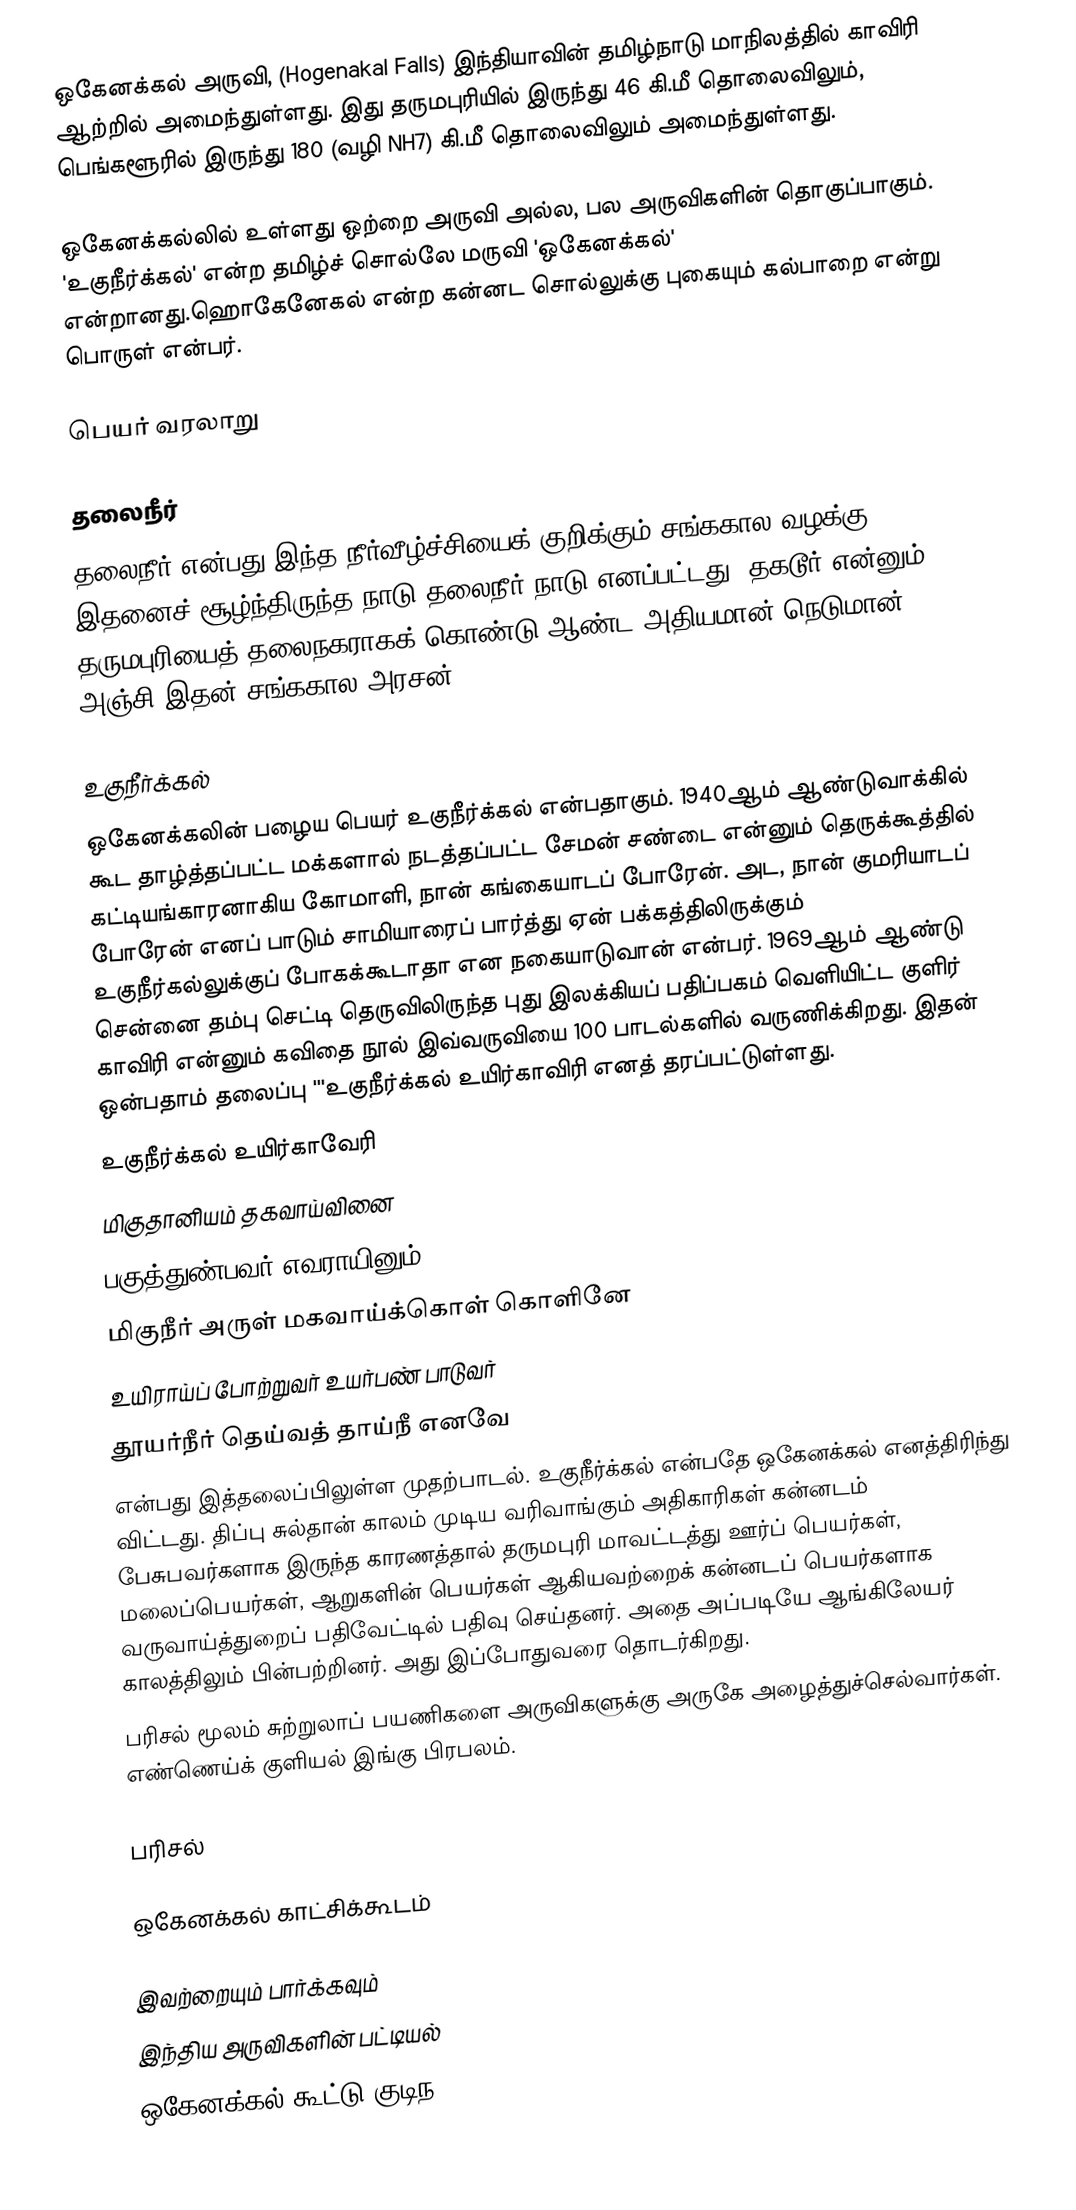
ஒகேனக்கல் அருவி, (Hogenakal Falls) இந்தியாவின் தமிழ்நாடு மாநிலத்தில் காவிரி ஆற்றில் அமைந்துள்ளது. இது தருமபுரியில் இருந்து 46 கி.மீ தொலைவிலும், பெங்களூரில் இருந்து 180 (வழி NH7) கி.மீ தொலைவிலும் அமைந்துள்ளது.

ஒகேனக்கல்லில் உள்ளது ஒற்றை அருவி அல்ல, பல அருவிகளின் தொகுப்பாகும். 'உகுநீர்க்கல்' என்ற தமிழ்ச் சொல்லே மருவி 'ஒகேனக்கல்' என்றானது.ஹொகேனேகல் என்ற கன்னட சொல்லுக்கு புகையும் கல்பாறை என்று பொருள் என்பர்.

பெயர் வரலாறு

தலைநீர்
தலைநீர் என்பது இந்த நீர்வீழ்ச்சியைக் குறிக்கும் சங்ககால வழக்கு. இதனைச் சூழ்ந்திருந்த நாடு தலைநீர் நாடு எனப்பட்டது. தகடூர் என்னும் தருமபுரியைத் தலைநகராகக் கொண்டு ஆண்ட அதியமான் நெடுமான் அஞ்சி இதன் சங்ககால அரசன்.

உகுநீர்க்கல்
ஒகேனக்கலின் பழைய பெயர் உகுநீர்க்கல் என்பதாகும். 1940ஆம் ஆண்டுவாக்கில் கூட  தாழ்த்தப்பட்ட மக்களால் நடத்தப்பட்ட சேமன் சண்டை என்னும் தெருக்கூத்தில் கட்டியங்காரனாகிய கோமாளி, நான் கங்கையாடப் போரேன். அட, நான் குமரியாடப் போரேன் எனப் பாடும் சாமியாரைப் பார்த்து ஏன் பக்கத்திலிருக்கும் உகுநீர்கல்லுக்குப் போகக்கூடாதா என நகையாடுவான் என்பர். 1969ஆம் ஆண்டு சென்னை தம்பு செட்டி தெருவிலிருந்த புது இலக்கியப் பதிப்பகம் வெளியிட்ட குளிர் காவிரி என்னும் கவிதை நூல் இவ்வருவியை 100 பாடல்களில் வருணிக்கிறது. இதன் ஒன்பதாம் தலைப்பு '''உகுநீர்க்கல் உயிர்காவிரி எனத் தரப்பட்டுள்ளது.
உகுநீர்க்கல் உயிர்காவேரி
மிகுதானியம் தகவாய்வினை
பகுத்துண்பவர் எவராயினும்
மிகுநீர் அருள் மகவாய்க்கொள் கொளினே
உயிராய்ப் போற்றுவர் உயர்பண் பாடுவர்
தூயர்நீர் தெய்வத் தாய்நீ எனவே
என்பது இத்தலைப்பிலுள்ள முதற்பாடல். உகுநீர்க்கல் என்பதே ஒகேனக்கல் எனத்திரிந்து விட்டது. திப்பு சுல்தான் காலம் முடிய வரிவாங்கும் அதிகாரிகள் கன்னடம் பேசுபவர்களாக இருந்த காரணத்தால் தருமபுரி மாவட்டத்து ஊர்ப் பெயர்கள், மலைப்பெயர்கள், ஆறுகளின் பெயர்கள் ஆகியவற்றைக் கன்னடப் பெயர்களாக வருவாய்த்துறைப் பதிவேட்டில் பதிவு செய்தனர். அதை அப்படியே ஆங்கிலேயர் காலத்திலும் பின்பற்றினர். அது இப்போதுவரை தொடர்கிறது.
பரிசல் மூலம் சுற்றுலாப் பயணிகளை அருவிகளுக்கு அருகே அழைத்துச்செல்வார்கள். எண்ணெய்க் குளியல் இங்கு பிரபலம்.

பரிசல்

ஒகேனக்கல் காட்சிக்கூடம்

இவற்றையும் பார்க்கவும்
 இந்திய அருவிகளின் பட்டியல்
 ஒகேனக்கல் கூட்டு குடிந